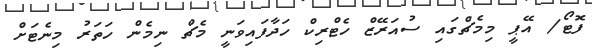
ފޮޓޯ/ އޭޕީ މިމެޗްގައި ސުއަރޭޒް ހެޓްރިކް ހަދާފައިވަނީ މެޗް ނިމެން ހަތަރު މިނެޓަށް